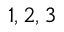
1 , 2 , 3